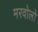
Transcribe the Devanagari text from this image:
मरवोलो